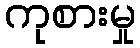
ကုစားမှု